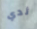
ثدي